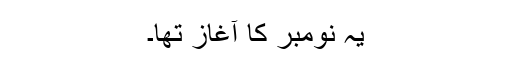
یہ نومبر کا آغاز تھا۔